Leaving Certificate Examination, 1911
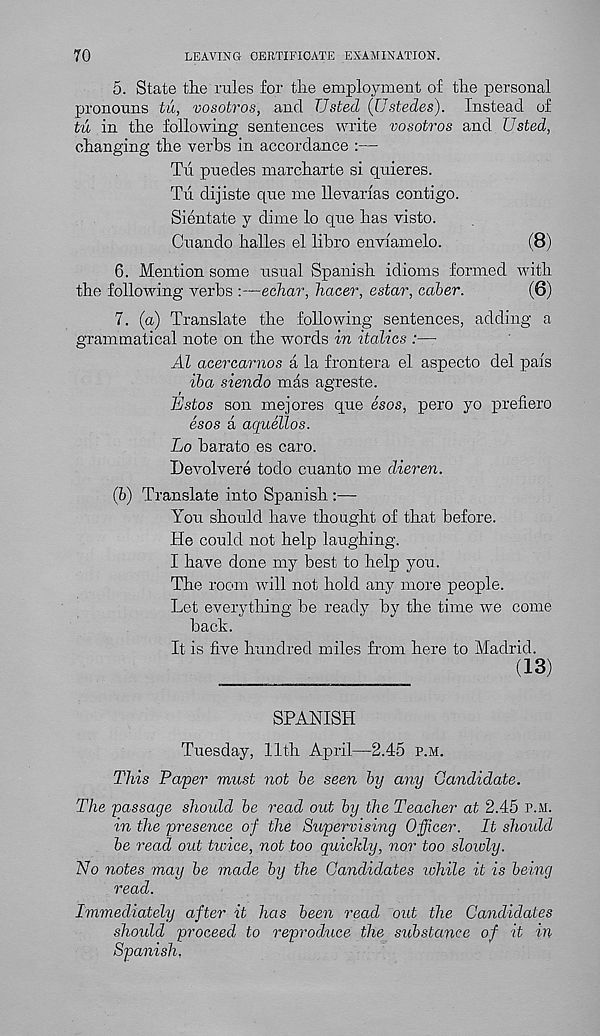
70
LEAVING CERTIFICATE EXAMINATION.
5. State the rules for tire employment of tire personal
pronouns tu, vosotros, and Usted (Ustedes). Instead of
tu in the following sentences write vosotros and Usted,
changing the verbs in accordance :—
Tri puedes marcharte si quieres.
Tu dijiste que me llevarias contigo.
Sientate y dime lo que has visto.
Cuando halles el libro enviamelo.
(8)
6. Mention some usual Spanish idioms formed with
the following verbs :—echar, hacer, estar, caber.
(6)
7. (a) Translate the following sentences, adding a
grammatical note on the words in italics :—
Al acercarnos a la frontera el aspecto del pais
iba siendo mas agreste.
Estos son mejores que esos, pero yo prefiero
esos a aquellos.
Lo barato es caro.
Devolvere todo cuanto me dieren.
(b) Translate into Spanish :—•
You should have thought of that before.
He could not help laughing.
I have done my best to help you.
The room will not hold any more people.
Let everything be ready by the time we come
back.
It is five hundred miles from here to Madrid.
(13)
SPANISH
Tuesday, 11th April—2.45 p.m.
This Paper must not be seen by any Candidate.
The passage should be read out by the Teacher at 2.45 p.m.
in the presence of the Supervising Officer. It should
be read out twice, not too quickly, nor too slowly.
No notes may be made by the Candidates while it is being
read.
Immediately after it has been read out the Candidates
should proceed to reproduce the substance of it in
Spanish,